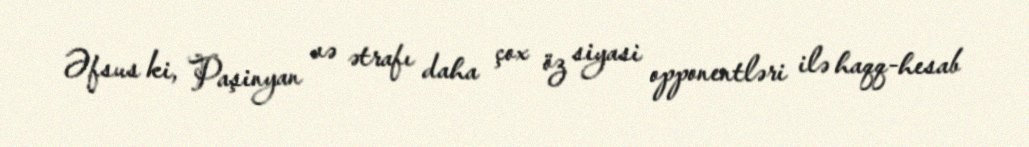
Əfsus ki, Paşinyan və ətrafı daha çox öz siyasi opponentləri ilə haqq-hesab